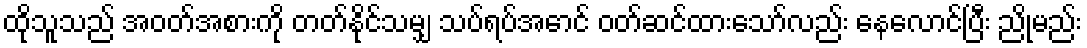
ထိုသူသည် အဝတ်အစားကို တတ်နိုင်သမျှ သပ်ရပ်အောင် ဝတ်ဆင်ထားသော်လည်း နေလောင်ပြီး ညိုမည်း